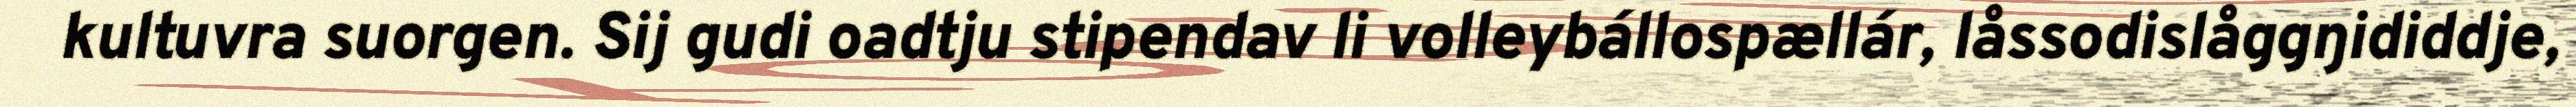
kultuvra suorgen. Sij gudi oadtju stipendav li volleybállospællár, låssodislåggŋididdje,